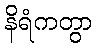
နိရံကတွာ